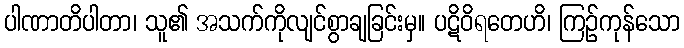
ပါဏာတိပါတာ၊ သူ၏ အသက်ကိုလျင်စွာချခြင်းမှ။ ပဋိဝိရတေဟိ၊ ကြဉ်ကုန်သော